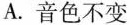
A. 音色不变